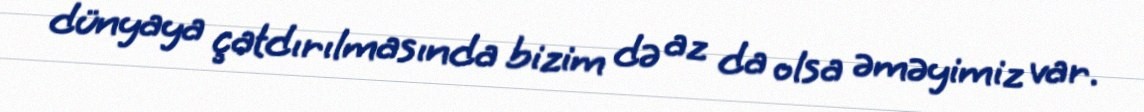
dünyaya çatdırılmasında bizim də az da olsa əməyimiz var.